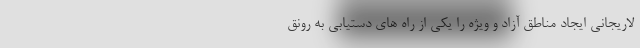
لاریجانی ایجاد مناطق آزاد و ویژه را یکی از راه های دستیابی به رونق